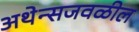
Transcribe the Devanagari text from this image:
अथेन्सजवळील